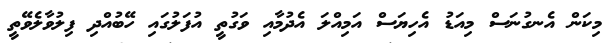
މިކަން އެނގުނަސް މިއަޑު އެހިޔަސް އަމިއްލަ އެދުމާއި ވަގުތީ އުފަލުގައި ހޭބުއްދި ފިލުވާލެވޭތީ